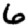
Digit: 6